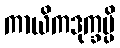
ကာယိကဒုက္ခမ္ပိ